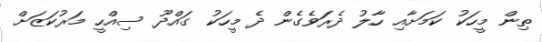
ތިން މީހަކު ކަމަށާއި ހާލު ދެރަވެގެން ދެ މީހަކު ގައްދޫ ސިއްހީ މަރުކަޒަށް